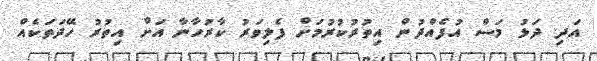
އަދި ދަޅު މަސް އުފެއްދުން އިތުރުކުރުމަށް ފެލިވަރު ކާރުހާނާ އަށް އިތުރު ހޭދަތަކެއް